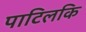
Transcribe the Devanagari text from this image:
पाटिलकि